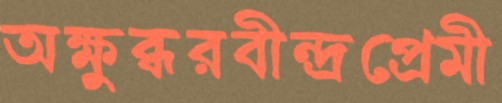
অক্ষুব্ধরবীন্দ্রপ্রেমী